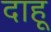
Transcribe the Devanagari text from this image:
दाहू